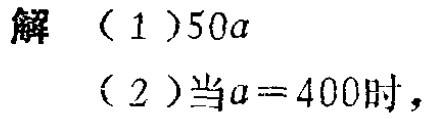
解

（1）\(50a\)

（2）当\(a = 400\)时，